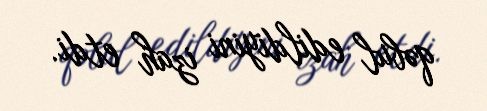
qəbul edildiyini izah etdi.